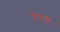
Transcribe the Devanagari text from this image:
यूएपी